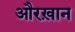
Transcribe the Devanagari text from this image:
औरख़ान